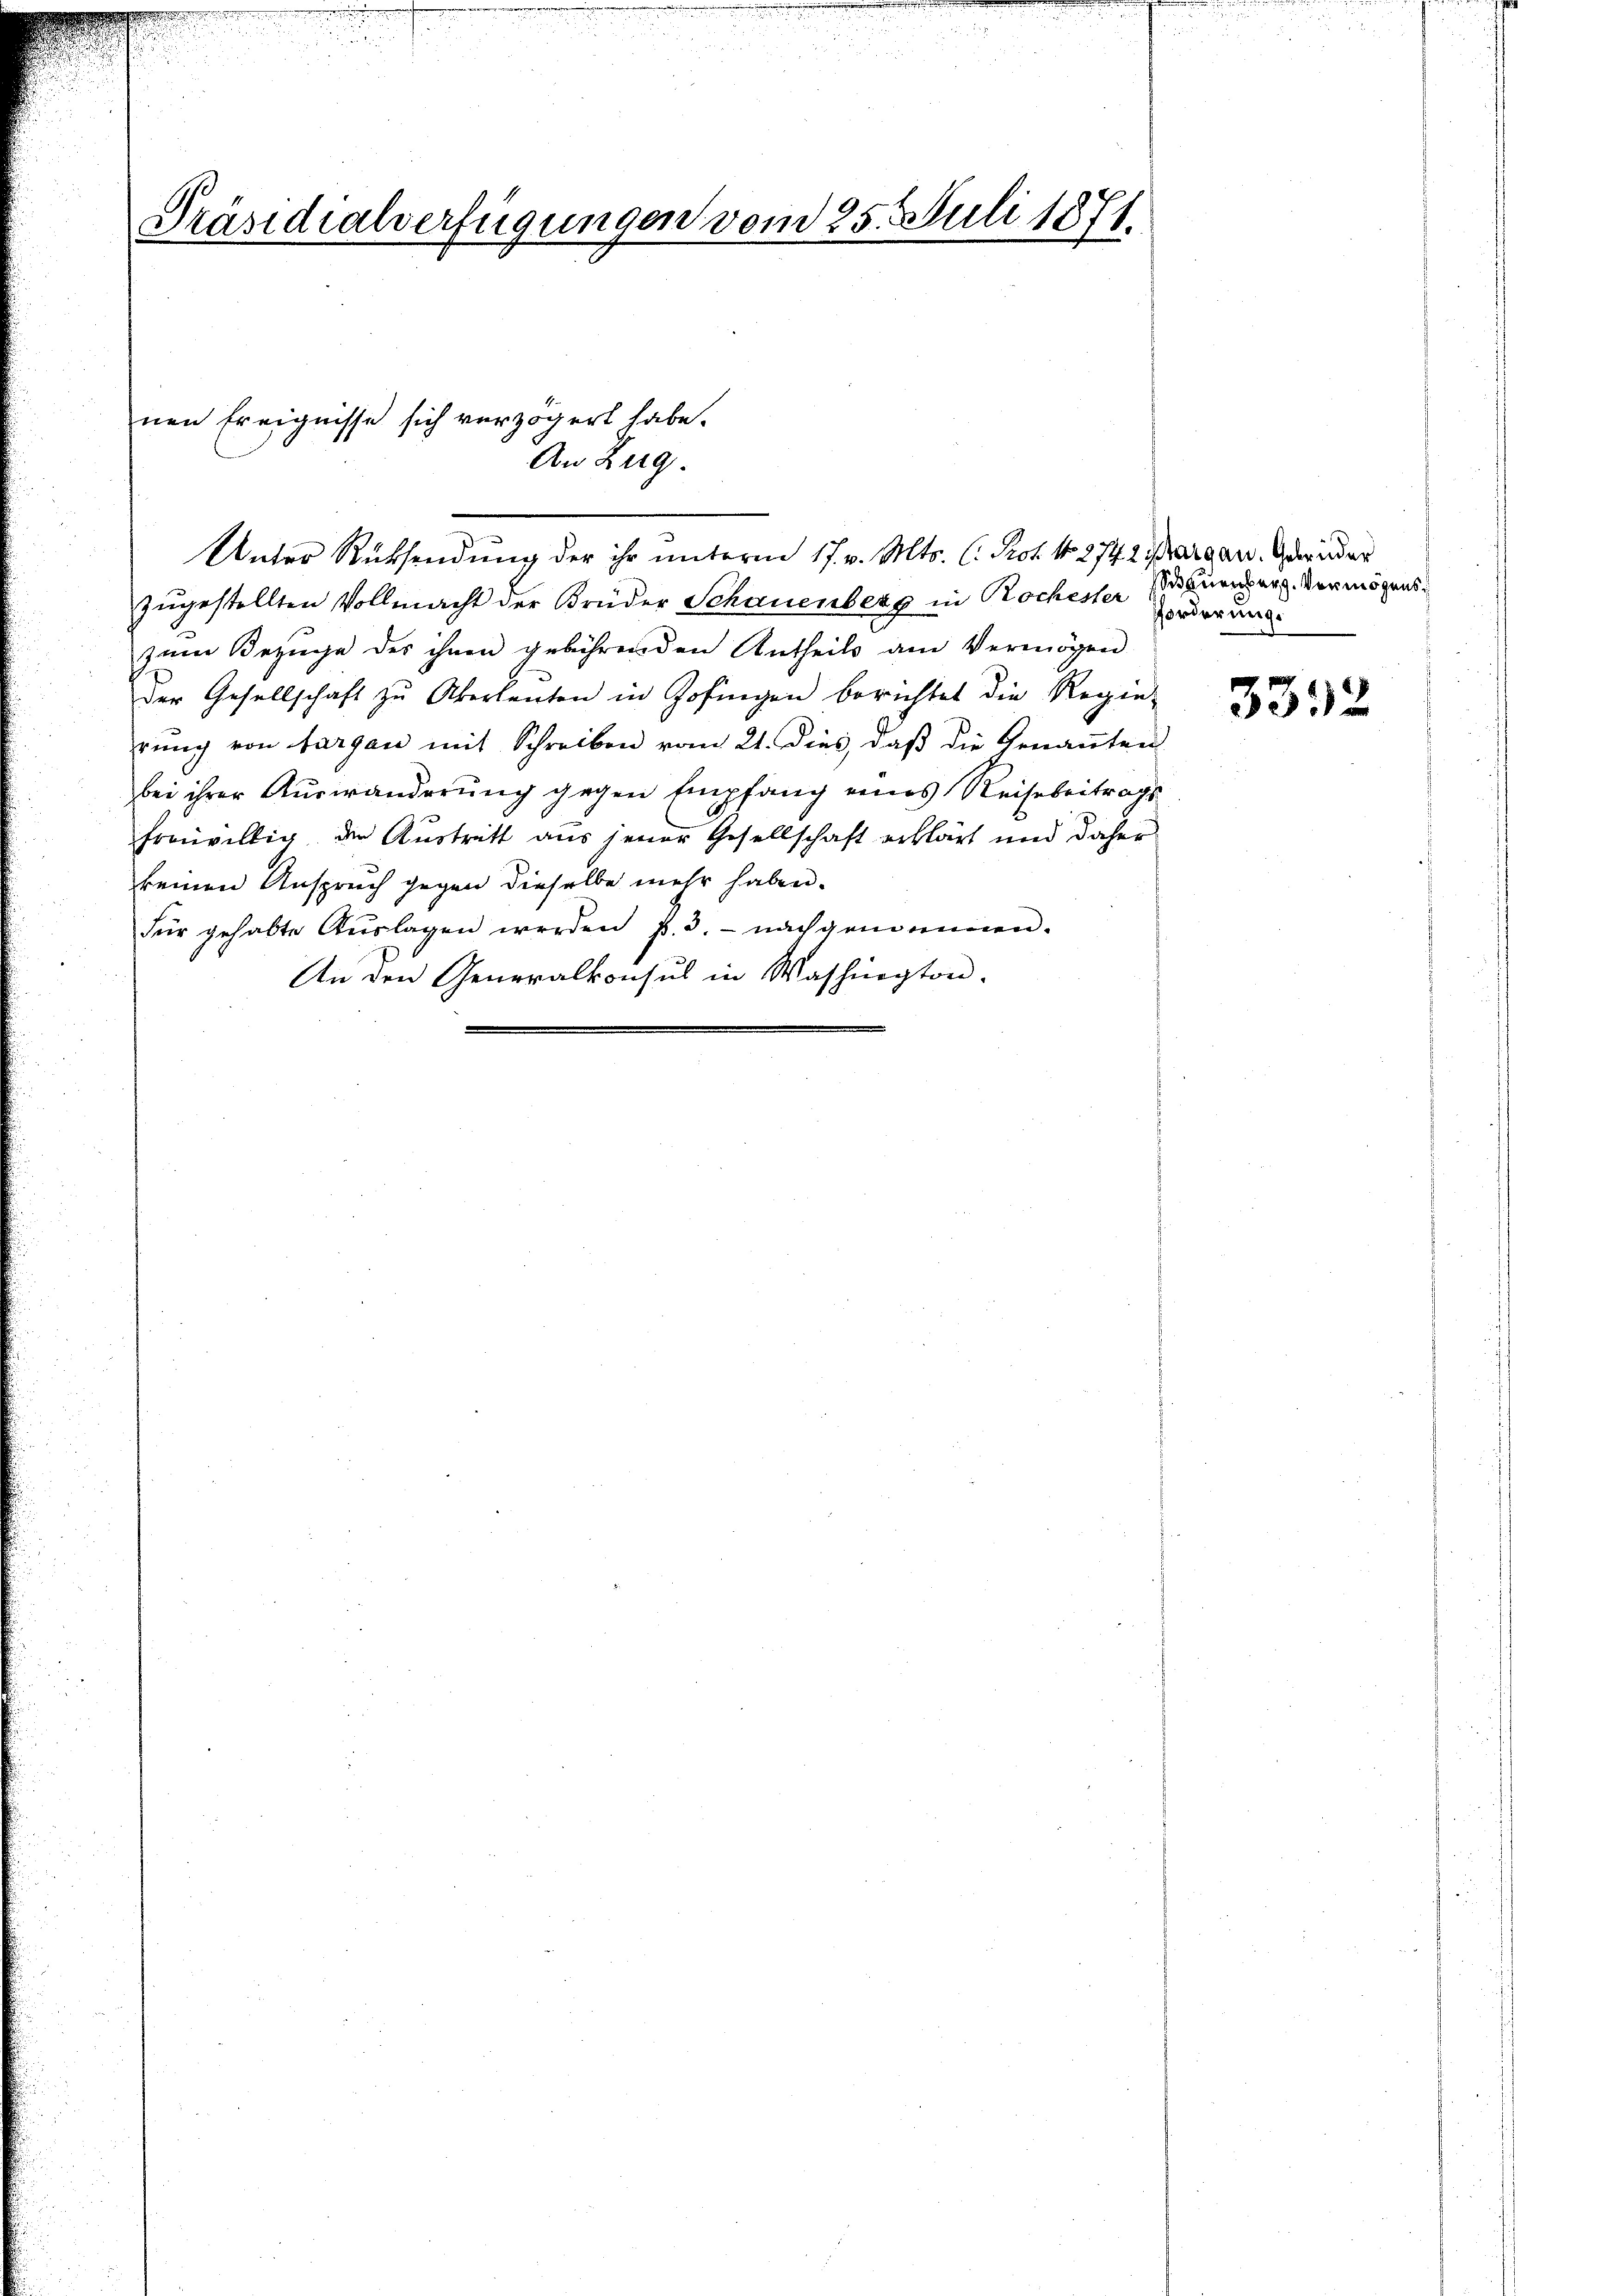
Präsidialverfügungen vom 25. Juli 1871.

Unter Rücksendung der ihr unterm 17. v. Mts. (: Prot. N. 274 2 Margau, Gebrüder
zŭgestellten Vollmacht der Brüder Schauenberg in Rochester gerner Vermögenszum Bezüge der ihnen gebührenden Antheils am Vermögen
der Gesellschaft zŭ Überleŭten in Zofingen berichtet die Regie-
rŭng von Aargau mit Schreiben vom 21. dies, daβ die Genaṅten
bei ihrer Auswanderung gegen Empfang eines Reisebeitrags
freiwillig, die Austritt aus jener Gesellschaft erklärt und daher
keinen Anspruch gegen dieselbe mehr haben.
für gehabte Aŭslagen werden f. 3. nachgenommen.
An den Generalkonsul in Washington.

nen Ereignisse sich verzögert habe.
An Zug.

fforderung.

3332